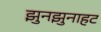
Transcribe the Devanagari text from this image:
झुनझुनाहट